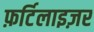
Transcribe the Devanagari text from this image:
फ़र्टिलाइज़र